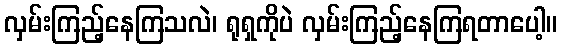
လှမ်းကြည့်နေကြသလဲ၊ ရုရှကိုပဲ လှမ်းကြည့်နေကြရတာပေါ့။